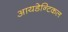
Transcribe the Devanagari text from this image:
आयडेन्टिकल